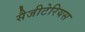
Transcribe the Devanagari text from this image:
सैजीटेरियस